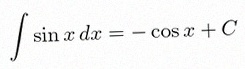
\int \sin x\,dx=-\cos x+C